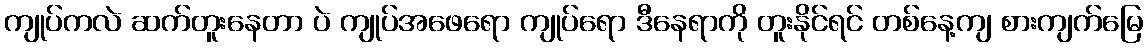
ကျုပ်ကလဲ ဆက်တူးနေတာ ပဲ ကျုပ်အဖေရော ကျုပ်ရော ဒီနေရာကို တူးနိုင်ရင် တစ်နေ့ကျ စားကျက်မြေ